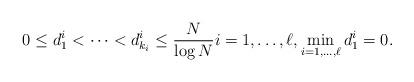
LaTeX: \begin{align*} 0\leq d_1^i<\dots<d_{k_i}^i\leq \frac{N}{\log N} i=1,\dots, \ell, \min_{i=1,\dots, \ell}d_1^i=0.\end{align*}